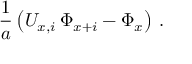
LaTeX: { \frac { 1 } { a } } \left( U _ { x , i } \, \Phi _ { x + i } - \Phi _ { x } \right) \, .